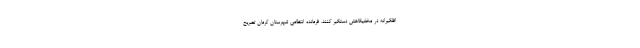
افلگیرانه در مخفیگاهش دستگیر کنند. فرمانده انتظامی شهرستان کرمان تصریح